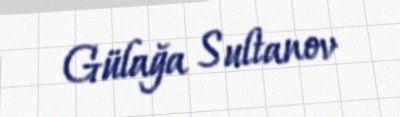
Gülağa Sultanov